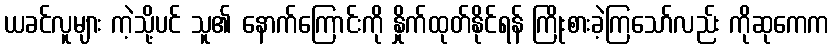
ယခင်လူများ ကဲ့သို့ပင် သူ၏ နောက်ကြောင်းကို နှိုက်ထုတ်နိုင်ရန် ကြိုးစားခဲ့ကြသော်လည်း ကိုဆုကေက